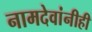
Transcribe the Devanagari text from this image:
नामदेवांनीही